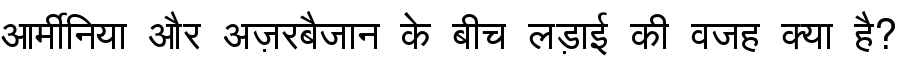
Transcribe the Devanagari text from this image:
आर्मीनिया और अज़रबैजान के बीच लड़ाई की वजह क्या है?